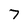
Character: 7